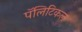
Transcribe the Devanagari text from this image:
पॅलिटिकल